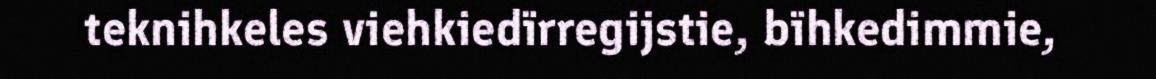
teknihkeles viehkiedïrregijstie, bïhkedimmie,